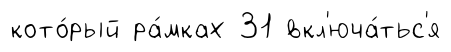
кото́рый ра́мках 31 вкл'юча́тьс'я